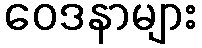
ဝေဒနာများ